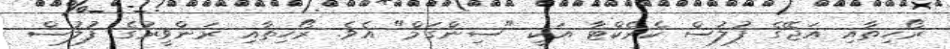
ރޯހިތާއި އަޖޭގެ ފުލުސް ކެރެކްޓާ އަކީ "ސިންގަމް" އެވެ. ރޯހިތާއި ރަންވީރުގެ ފުލުސް